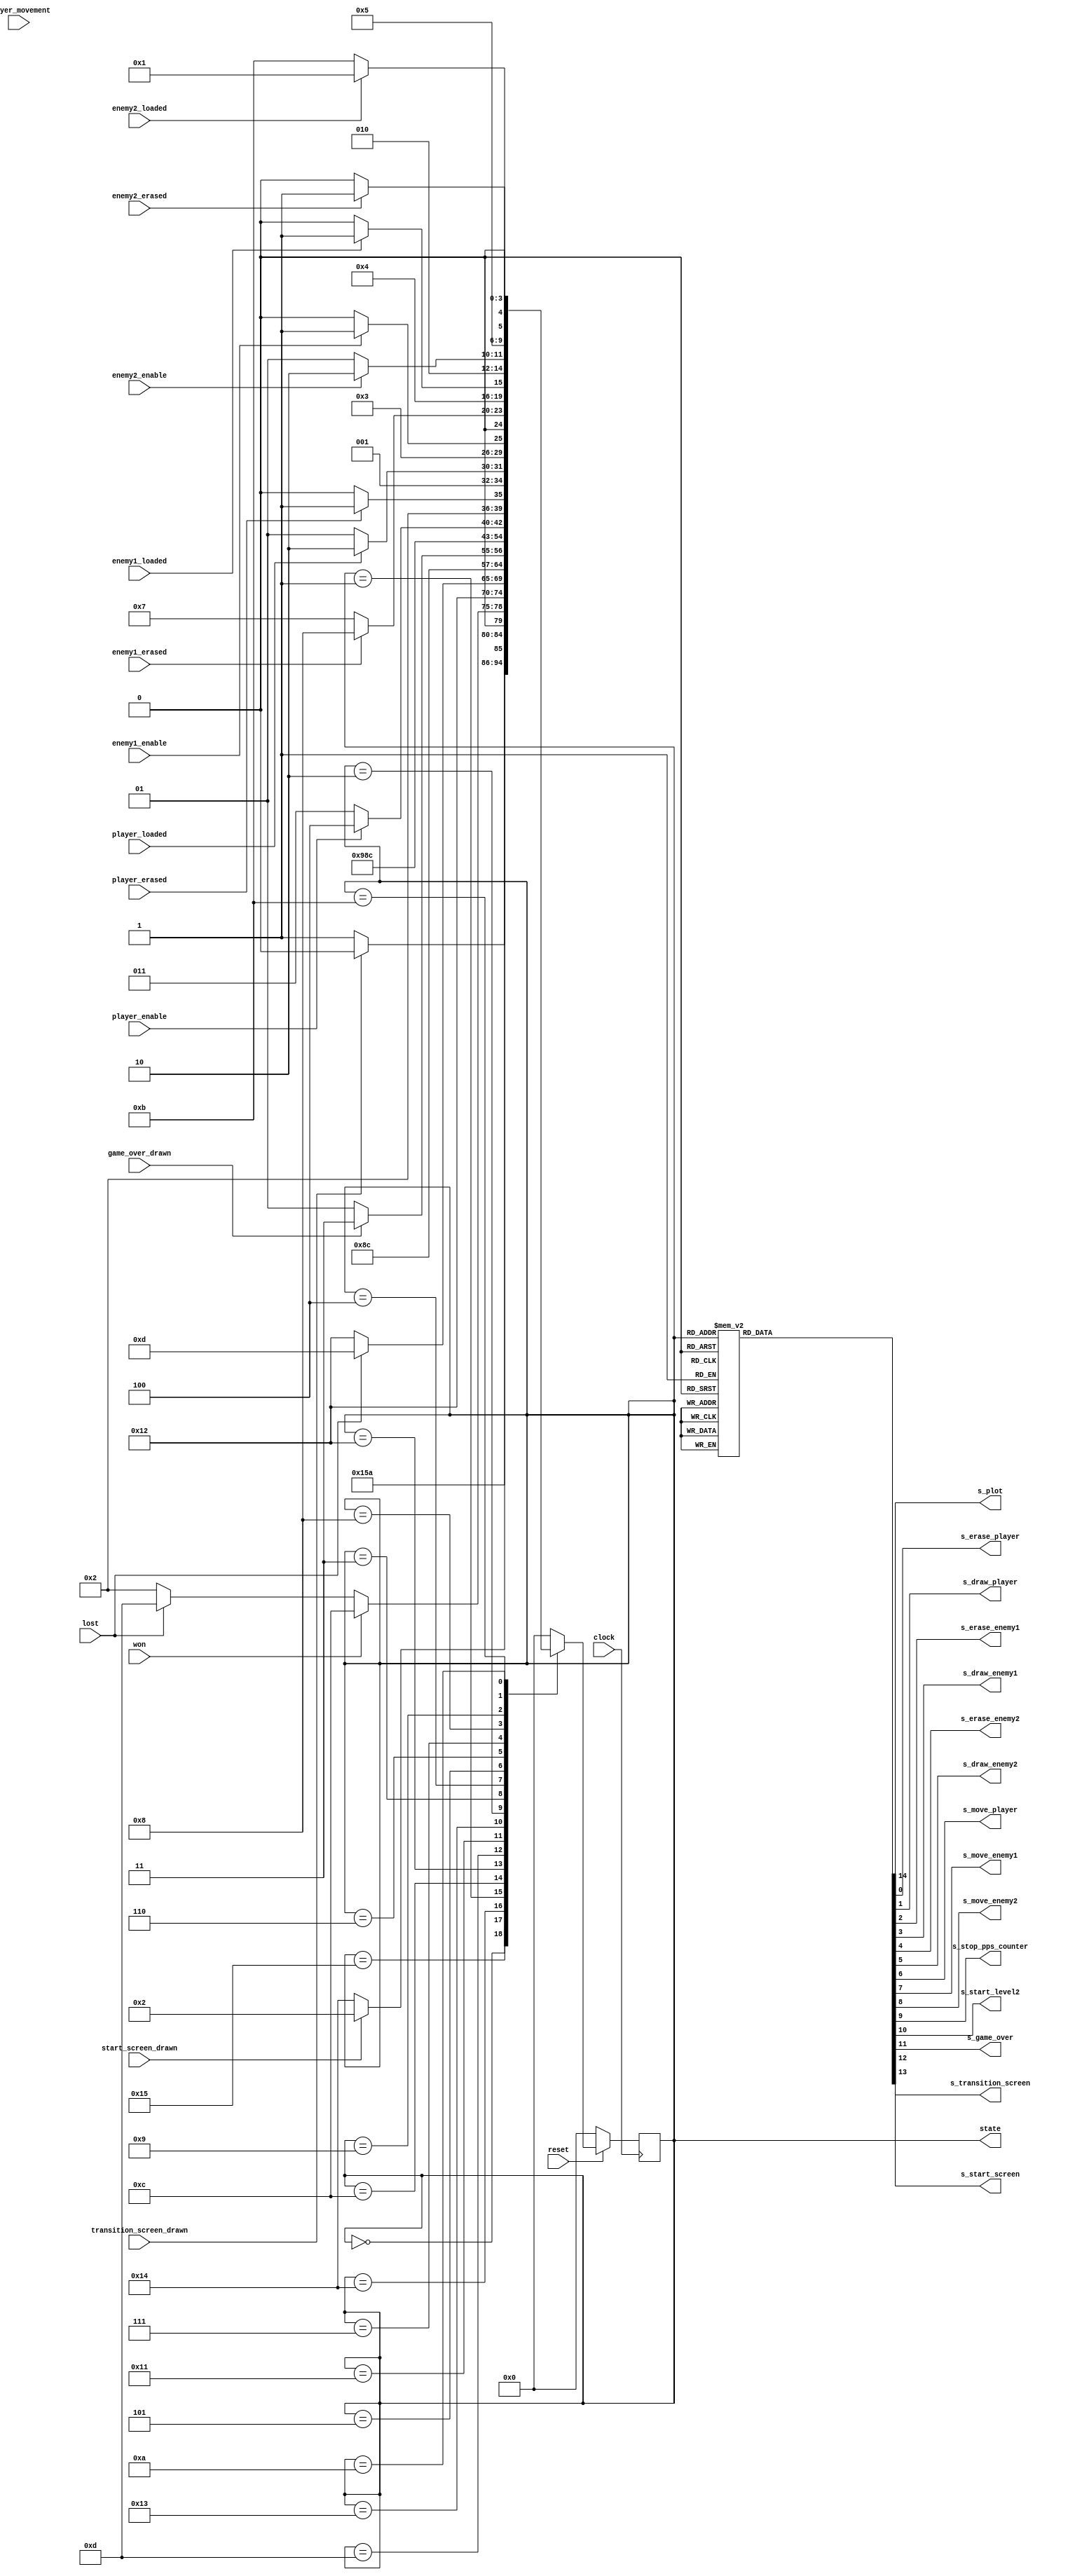
module ControlPath_L1(
								input 
										clock, 
										reset,
										
										won, 
										lost,
										start_screen_drawn,
										game_over_drawn,
										transition_screen_drawn,
										
										player_movement, 
										player_enable, 
										player_erased, 
										player_loaded, 
										
										enemy1_enable,
										enemy1_erased,
										enemy1_loaded,
										
										enemy2_enable,
										enemy2_erased,
										enemy2_loaded,
										
								output reg
										s_plot,
										s_erase_player,
										s_draw_player,
										s_erase_enemy1,
										s_draw_enemy1,
										s_erase_enemy2,
										s_draw_enemy2,
										s_move_player,
										s_move_enemy1,
										s_move_enemy2,
										
										s_stop_pps_counter,
										
										s_start_level2,
										s_game_over,
										s_start_screen,
										s_transition_screen,
										
								output[4:0]
										state
			
							); 


/*********************************************************************/
/*							INTERNAL WIRES/REGISTERS								*/
/*********************************************************************/
				
	reg[4:0] current_state = RESET,
				next_state = RESET;	
				
	assign state = current_state;
				
/*********************************************************************/
/*								LOCAL PARAMETERS										*/
/*********************************************************************/
	
	localparam  RESET = 5'd0,
					CHECK_GAME_STATE = 5'd1,
					PLAYER_MOVEMENT = 5'd2,
					WAIT_PLAYER = 5'd3,
					ERASE_PLAYER = 5'd4,
					DRAW_PLAYER = 5'd5,
					WAIT_ENEMY_1 = 5'd6,
					ERASE_ENEMY_1 = 5'd7,
					DRAW_ENEMY_1 = 5'd8,
					WAIT_ENEMY_2 = 5'd9,
					ERASE_ENEMY_2 = 5'd10,
					DRAW_ENEMY_2 = 5'd11,
					VICTORY = 5'd12,
					DEFEAT = 5'd13,
					MOVE_PLAYER = 5'd14,
					MOVE_ENEMY_1 = 5'd15,
					MOVE_ENEMY_2 = 5'd16,
					GAME_OVER_SCREEN = 5'd17,
					START_L2 = 5'd18,
					FINISHED = 5'd19,
					START_SCREEN = 5'd20,
					TRANSITION_SCREEN = 5'd21,
					MOVE_WAIT = 5'd22;
					
					
/*********************************************************************/
/*									STATE TABLE											*/
/*********************************************************************/
	
	always @(*) 
		begin
			case(current_state)
				RESET: 						next_state = TRANSITION_SCREEN;
				TRANSITION_SCREEN:		next_state = (transition_screen_drawn) ? START_SCREEN : TRANSITION_SCREEN;
				START_SCREEN:				next_state = (start_screen_drawn) ? PLAYER_MOVEMENT : START_SCREEN;
				CHECK_GAME_STATE: 		next_state = (won) ? VICTORY : (lost) ? DEFEAT : PLAYER_MOVEMENT;
				VICTORY:						next_state = START_L2;
				START_L2:					next_state = (lost) ? DEFEAT : START_L2;
				DEFEAT:						next_state = GAME_OVER_SCREEN;
				GAME_OVER_SCREEN:			next_state = (game_over_drawn) ? FINISHED : GAME_OVER_SCREEN;
				FINISHED:					next_state = FINISHED;
				
				PLAYER_MOVEMENT:			next_state = WAIT_PLAYER;
				WAIT_PLAYER:				next_state = (player_enable) ? ERASE_PLAYER : WAIT_PLAYER;
				ERASE_PLAYER:				next_state = (player_erased) ? DRAW_PLAYER : ERASE_PLAYER;
//				MOVE_PLAYER:				next_state = DRAW_PLAYER;
				DRAW_PLAYER:				next_state = (player_loaded) ? WAIT_ENEMY_1 : DRAW_PLAYER;
				
				WAIT_ENEMY_1:				next_state = (enemy1_enable) ? ERASE_ENEMY_1 : WAIT_ENEMY_1;
				ERASE_ENEMY_1:				next_state = (enemy1_erased) ? DRAW_ENEMY_1 : ERASE_ENEMY_1;
//				MOVE_ENEMY_1:				next_state = DRAW_ENEMY_1;
				DRAW_ENEMY_1:				next_state = (enemy1_loaded) ? WAIT_ENEMY_2 : DRAW_ENEMY_1;
				
				WAIT_ENEMY_2:				next_state = (enemy2_enable) ? ERASE_ENEMY_2 : WAIT_ENEMY_2;
				ERASE_ENEMY_2:				next_state = (enemy2_erased) ? DRAW_ENEMY_2 : ERASE_ENEMY_2;
//				MOVE_ENEMY_2:				next_state = DRAW_ENEMY_2;
				DRAW_ENEMY_2:				next_state = (enemy2_loaded) ? CHECK_GAME_STATE : DRAW_ENEMY_2;
				
				default:						next_state = RESET;
			endcase
		end
	
/*********************************************************************/
/*									STATE TRANSITIONS									*/
/*********************************************************************/	

	always @(*) 
		begin	
			
			s_plot = 0;
			s_erase_player = 0;
			s_draw_player = 0;
			s_erase_enemy1 = 0;
			s_draw_enemy1 = 0;
			s_erase_enemy2 = 0;
			s_draw_enemy2 = 0;
			s_move_player = 0;
			s_move_enemy1 = 0;
			s_move_enemy2 = 0;
			s_start_level2 = 0;
			s_game_over = 0;
			s_start_screen = 0;
			s_stop_pps_counter = 0;
			s_transition_screen = 0;
		
			case(current_state)
				TRANSITION_SCREEN:
					begin
						s_transition_screen = 1;
						s_plot = 1;
					end
				START_L2:
					begin
						s_start_level2 = 1;
						s_stop_pps_counter = 1;
					end
				GAME_OVER_SCREEN:
					begin
						s_plot = 1;
						s_game_over = 1;
					end
				START_SCREEN:
					begin
						s_plot = 1;
						s_start_screen = 1;
					end
				ERASE_PLAYER: 
					begin
						s_plot = 1;
						s_erase_player = 1;
					end
				MOVE_PLAYER:
					begin
						s_move_player = 0;
					end
				DRAW_PLAYER: 
					begin
						s_plot = 1;
						s_draw_player = 1;
						s_move_player = 1;
					end
				ERASE_ENEMY_1: 
					begin
						s_plot = 1;
						s_erase_enemy1 = 1;
					end
				MOVE_ENEMY_1:
					begin
						s_move_enemy1 = 0;
					end
				DRAW_ENEMY_1: 
					begin
						s_plot = 1;
						s_draw_enemy1 = 1;
						s_move_enemy1 = 1;
					end
				ERASE_ENEMY_2: 
					begin
						s_plot = 1;
						s_erase_enemy2 = 1;
					end
				MOVE_ENEMY_2:
					begin
						s_move_enemy2 = 0;
					end
				DRAW_ENEMY_2: 
					begin
						s_plot = 1;
						s_draw_enemy2 = 1;
						s_move_enemy2 = 1;
					end
				default:
					begin
						s_plot = 0;
						s_erase_player = 0;
						s_draw_player = 0;
						s_erase_enemy1 = 0;
						s_draw_enemy1 = 0;
						s_erase_enemy2 = 0;
						s_draw_enemy2 = 0;	
						s_move_player = 0;
						s_move_enemy1 = 0;
						s_move_enemy2 = 0;
					end
			endcase
		end
		
/*********************************************************************/
/*								FINITE STATE MACHINE									*/
/*********************************************************************/

	always @(posedge clock)
		begin
			if (!reset) begin
				current_state <= RESET;
			end
			else begin
				current_state <= next_state;	
			end
		end	
endmodule